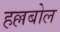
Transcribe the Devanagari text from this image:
हल्लबोल